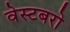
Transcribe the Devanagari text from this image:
वेस्टबरो